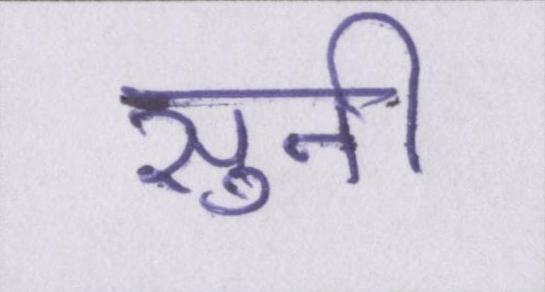
सुनी